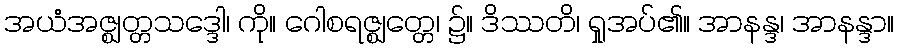
အယံအဇ္ဈတ္တသဒ္ဒေါ၊ ကို။ ဂေါစရဇ္ဈတ္တေ၊ ၌။ ဒိဿတိ၊ ရှုအပ်၏။ အာနန္ဒ၊ အာနန္ဒာ။